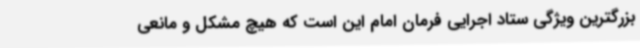
بزرگترین ویژگی ستاد اجرایی فرمان امام این است که هیچ مشکل و مانعی